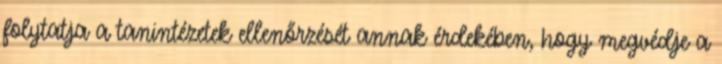
folytatja a tanintézetek ellenőrzését annak érdekében, hogy megvédje a